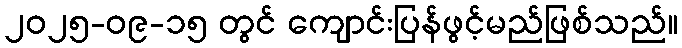
၂၀၂၅-၀၉-၁၅ တွင် ကျောင်းပြန်ဖွင့်မည်ဖြစ်သည်။